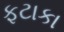
ફટાકા